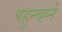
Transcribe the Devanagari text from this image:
पहुन्च्ह्ने